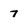
Character: 7